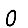
Digit: 0